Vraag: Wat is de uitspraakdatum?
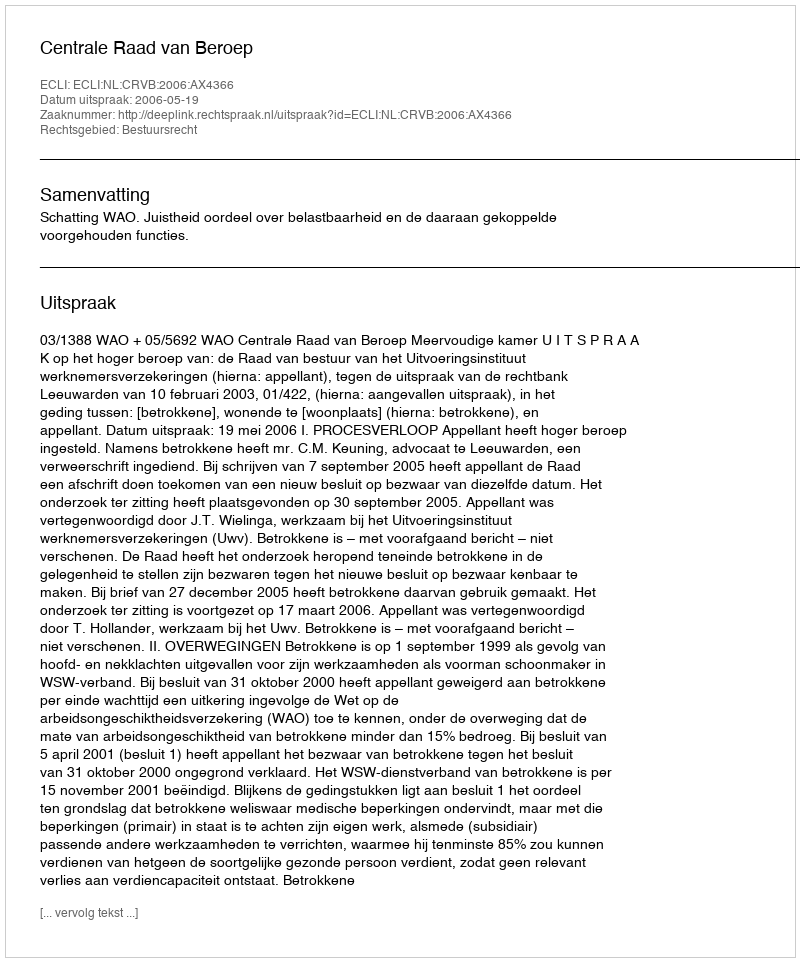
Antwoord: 2006-05-19